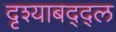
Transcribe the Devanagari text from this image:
दृश्याबद्द्ल